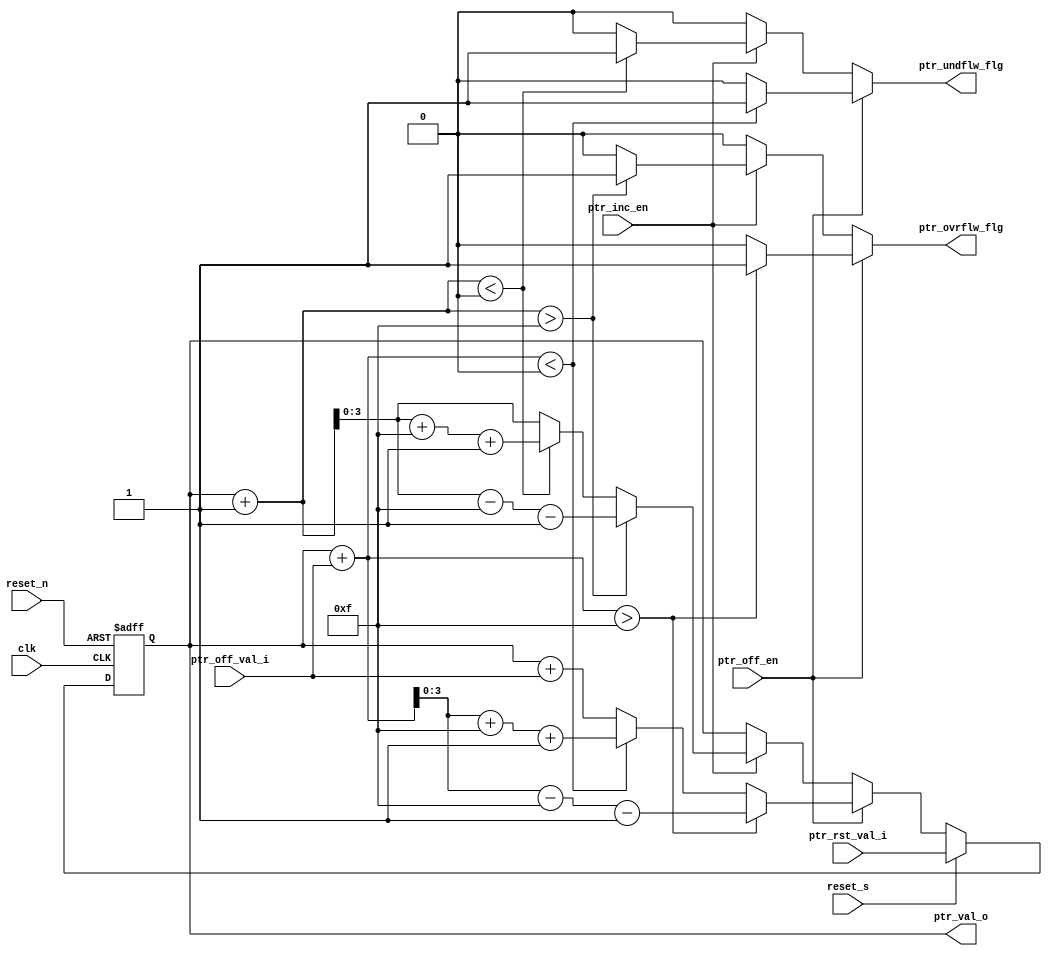
`timescale 1ns/10ps

module lib_ptr_v0 #(parameter PTR_MAX = 15, parameter PTR_W = 4, parameter RST_VAL = 0, parameter INC_VAL = 1)
				   (// global
					input					   clk, 
					input					   reset_n, 
					input					   reset_s,		
					// enable
					input					   ptr_inc_en,			
					input					   ptr_off_en,
					// dynamic parameters
					input		 [PTR_W - 1:0] ptr_rst_val_i,
					input signed [PTR_W - 1:0] ptr_off_val_i,
					// ptr_val_o 
					output reg	 [PTR_W - 1:0] ptr_val_o,		
					// flag
					output					   ptr_ovrflw_flg,
					output					   ptr_undflw_flg
					);
					
assign ptr_ovrflw_flg = ptr_off_en ? ((ptr_val_o + ptr_off_val_i > PTR_MAX) ? 1'b1:1'b0) : 
						ptr_inc_en ? ((ptr_val_o + INC_VAL 		 > PTR_MAX) ? 1'b1:1'b0) : 1'b0;
						
assign ptr_undflw_flg = ptr_off_en ? ((ptr_val_o + ptr_off_val_i < 0) ? 1'b1:1'b0) : 
						ptr_inc_en ? ((ptr_val_o + INC_VAL 		 < 0) ? 1'b1:1'b0) : 1'b0;
																					
always @(posedge clk or negedge reset_n)
if (!reset_n)									ptr_val_o 	 <= RST_VAL;
else if (reset_s)								ptr_val_o 	 <= ptr_rst_val_i;
else if (ptr_off_en)
	 if (ptr_val_o + ptr_off_val_i > PTR_MAX)	ptr_val_o 	 <= ptr_val_o + ptr_off_val_i - PTR_MAX - 1;
	 else if (ptr_val_o + ptr_off_val_i < 0) 	ptr_val_o 	 <= ptr_val_o + ptr_off_val_i + PTR_MAX + 1;	
	 else 										ptr_val_o 	 <= ptr_val_o + ptr_off_val_i;	
else if (ptr_inc_en)
     if (ptr_val_o + INC_VAL > PTR_MAX)			ptr_val_o 	 <= ptr_val_o + INC_VAL - PTR_MAX - 1;	 
	 else if (ptr_val_o + INC_VAL < 0)			ptr_val_o 	 <= ptr_val_o + INC_VAL + PTR_MAX + 1;
	 else										ptr_val_o 	 <= ptr_val_o + INC_VAL;
	
endmodule